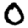
Digit: 0